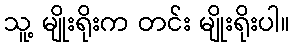
သူ့ မျိုးရိုးက တင်း မျိုးရိုးပါ။